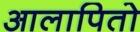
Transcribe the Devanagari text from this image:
आलापितो